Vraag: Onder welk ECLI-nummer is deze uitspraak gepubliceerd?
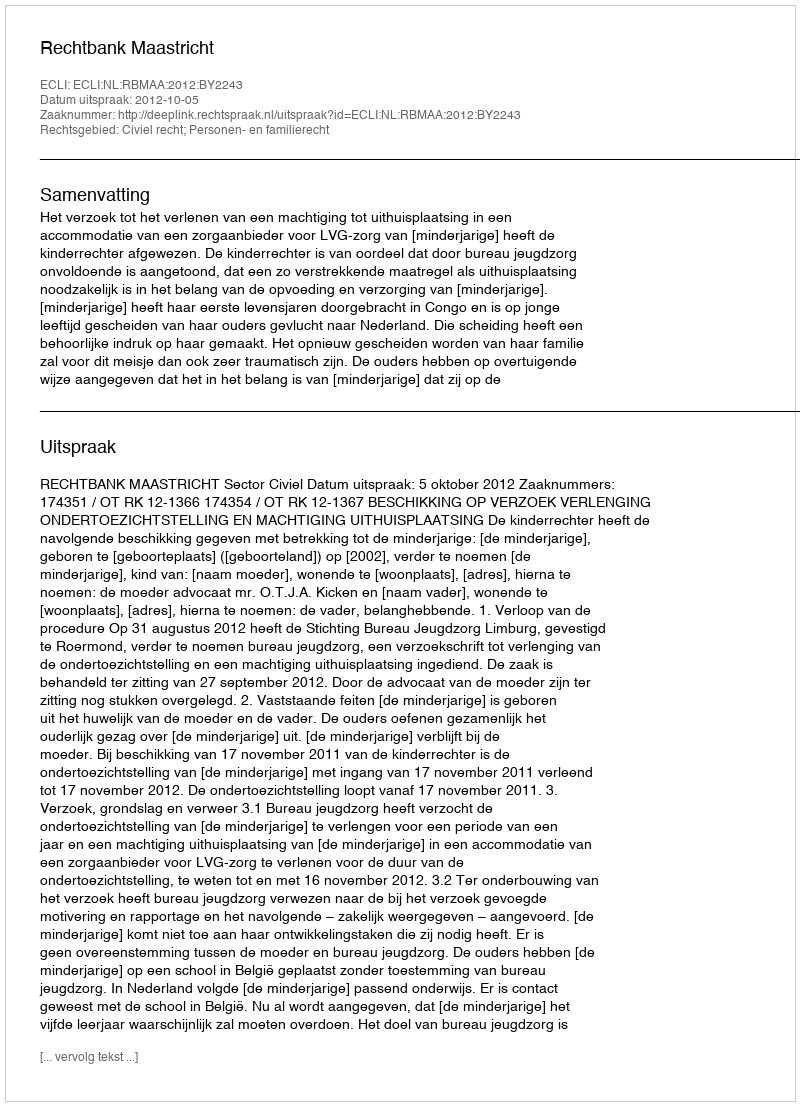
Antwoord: ECLI:NL:RBMAA:2012:BY2243